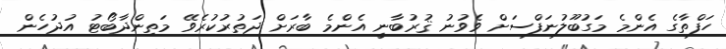
ހަފްތާގެ އެންމެ މަގުބޫލުނަފްސަށް ވެވުނު ޤުރުބާނީ އެންމެ ބާރަށް ދަތުރުކުރެވޭ މަތިންދާބޯޓު އުދުހެން